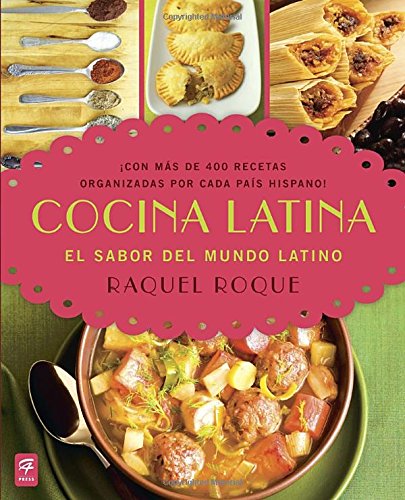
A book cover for Cocina Latina: El sabor del mundo latino (Spanish Edition); Raquel Roque; Cookbooks, Food & Wine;